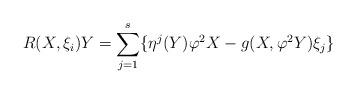
LaTeX: \begin{align*}R(X,\xi _{i})Y=\underset{j=1}{\overset{s}{\sum }}\{\eta ^{j}(Y)\varphi^{2}X-g(X,\varphi ^{2}Y)\xi _{j}\}\end{align*}